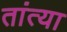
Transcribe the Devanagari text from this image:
तांत्‍या